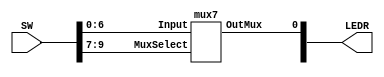
// a 7 to 1 multiplexer

module mux7to1(LEDR, SW);
	
	input [9:0] SW;
	output [9:0] LEDR;
	
	mux7 m0(.OutMux(LEDR[0]), .Input(SW[6:0]), .MuxSelect(SW[9:7]));

endmodule


module mux7(OutMux, Input, MuxSelect);

	input [6:0] Input;
	input [2:0] MuxSelect;
	output OutMux;
	reg Out;
	
	always @(*)
	begin
		case(MuxSelect [2:0]) 
			3'b000 : Out = Input[0]; 
			3'b001 : Out = Input[1]; 
			3'b010 : Out = Input[2];
			3'b011 : Out = Input[3];
			3'b100 : Out = Input[4];
			3'b101 : Out = Input[5];
			3'b110 : Out = Input[6];
			
			default : Out = 3'bx;
		endcase
	end

	assign OutMux = Out;
	
endmodule